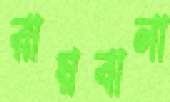
রায়বালা